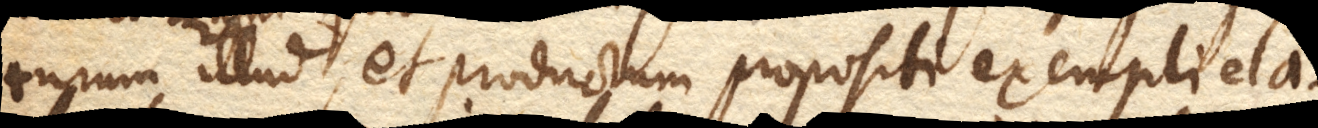
turum illud, et productum propositi exempli ela–